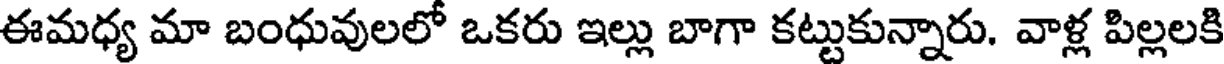
ఈమధ్య మా బంధువులలో ఒకరు ఇల్లు బాగా కట్టుకున్నారు. వాళ్ల పిల్లలకి